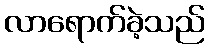
လာရောက်ခဲ့သည်